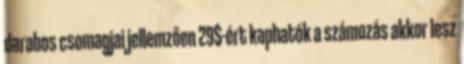
darabos csomagjai jellemzően 29$-ért kaphatók a számozás akkor lesz